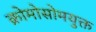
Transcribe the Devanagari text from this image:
क्रोमोसोमयुक्त